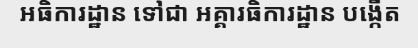
អធិការដ្ឋាន ទៅជា អគ្គារធិការដ្ឋាន បង្កើត